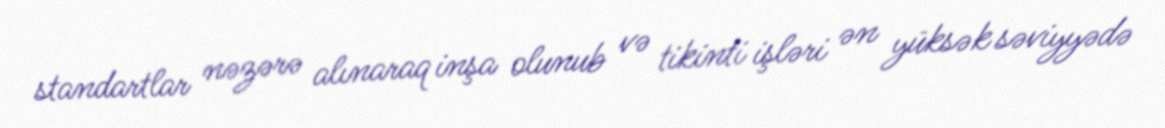
standartlar nəzərə alınaraq inşa olunub və tikinti işləri ən yüksək səviyyədə